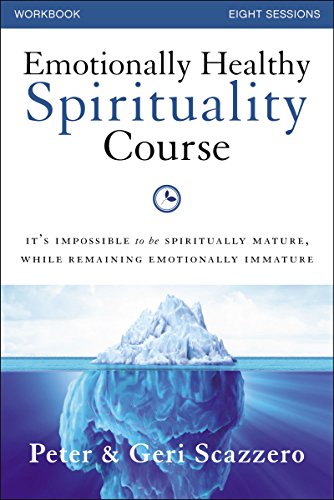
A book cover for Emotionally Healthy Spirituality Course Workbook with DVD: It's impossible to be spiritually mature, while remaining emotionally immature; Peter Scazzero; Christian Books & Bibles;